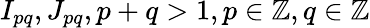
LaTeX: {I_{pq}},{J_{pq}},p+q>1,p\in\mathbb{Z},q\in\mathbb{Z}